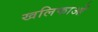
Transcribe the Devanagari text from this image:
खलिफाओं